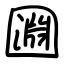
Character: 㘤